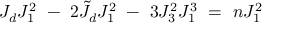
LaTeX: J _ { d } J _ { 1 } ^ { 2 } \ - \ 2 \tilde { J } _ { d } J _ { 1 } ^ { 2 } \ - \ 3 J _ { 3 } ^ { 2 } J _ { 1 } ^ { 3 } \ = \ n J _ { 1 } ^ { 2 }